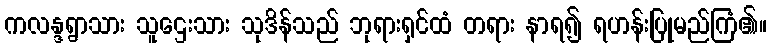
ကလန္ဒရွာသား သူဌေးသား သုဒိန်သည် ဘုရားရှင်ထံ တရား နာရ၍ ရဟန်းပြုမည်ကြံ၏။